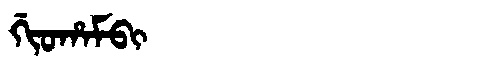
Manchu: ᡤᡳᠣᡥᠠᠮᠪᡳ
Romanization: GIOHAMBI